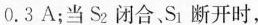
0.3A；当S_{2}闭合、S_{1}断开时，